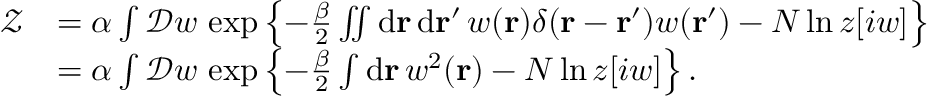
\begin{array} { r l } { \mathcal { Z } } & { = \alpha \int \mathcal { D } w \, \exp \left\{ - \frac { \beta } { 2 } \iint \mathrm { d } \mathbf { r } \, \mathrm { d } \mathbf { r } ^ { \prime } \, w ( \mathbf { r } ) \delta ( \mathbf { r } - \mathbf { r } ^ { \prime } ) w ( \mathbf { r } ^ { \prime } ) - N \ln z [ i w ] \right\} } \\ & { = \alpha \int \mathcal { D } w \, \exp \left\{ - \frac { \beta } { 2 } \int \mathrm { d } \mathbf { r } \, w ^ { 2 } ( \mathbf { r } ) - N \ln z [ i w ] \right\} . } \end{array}